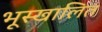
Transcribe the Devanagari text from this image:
भूस्खालित